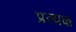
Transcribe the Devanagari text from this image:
प्रत्यक्ष